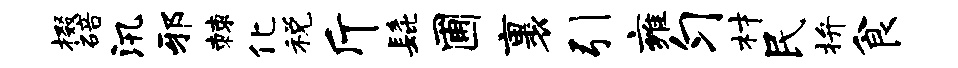
掇碚汛邪棘化税斤髭圃裹引雍匀材民拚食